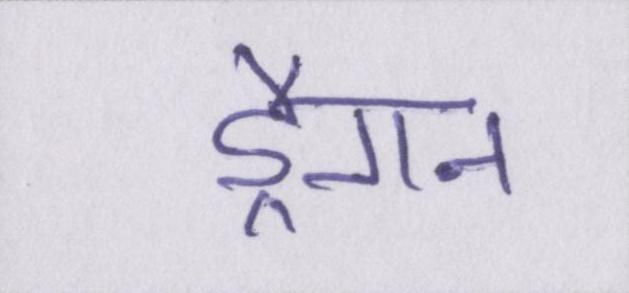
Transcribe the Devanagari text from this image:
ड्रैगन